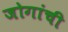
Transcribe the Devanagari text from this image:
जोगांची